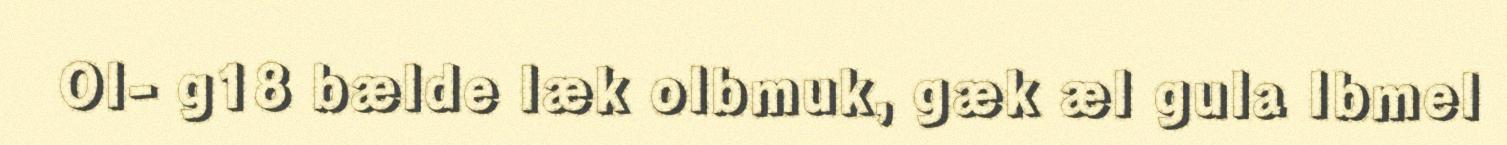
Ol- g18 bælde læk olbmuk, gæk æl gula Ibmel